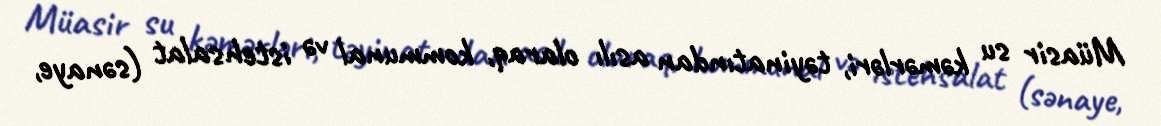
Müasir su kəmərləri, təyinatından asılı olaraq, kommunal və istehsalat (sənaye,